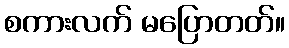
စကားလက် မပြောတတ်။